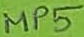
Text: MP5